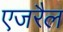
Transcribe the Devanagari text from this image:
एजरैल